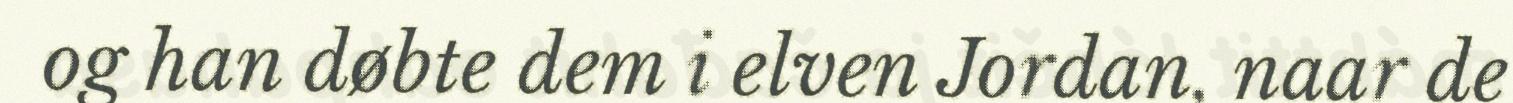
og han døbte dem i elven Jordan, naar de